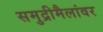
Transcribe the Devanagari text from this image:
समुद्रीमैलांवर